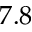
7 . 8